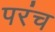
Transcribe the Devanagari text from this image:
परंच